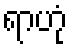
ရာဟုံ